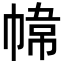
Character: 𭘮